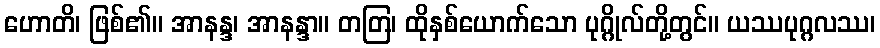
ဟောတိ၊ ဖြစ်၏။ အာနန္ဒ၊ အာနန္ဒာ။ တတြ၊ ထိုနှစ်ယောက်သော ပုဂ္ဂိုလ်တို့တွင်။ ယဿပုဂ္ဂလဿ၊